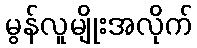
မွန်လူမျိုးအလိုက်